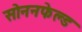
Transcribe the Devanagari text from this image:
सोननफेल्ड